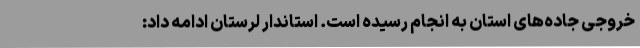
خروجی جاده‌های استان به انجام رسیده است. استاندار لرستان ادامه داد: